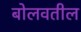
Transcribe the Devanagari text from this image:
बोलवतील